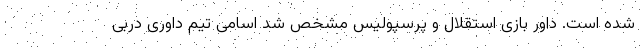
شده است. داور بازی استقلال و پرسپولیس مشخص شد اسامی تیم داوری دربی